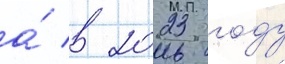
а́ в 2023 году